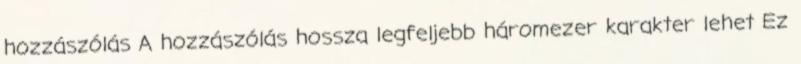
hozzászólás A hozzászólás hossza legfeljebb háromezer karakter lehet Ez